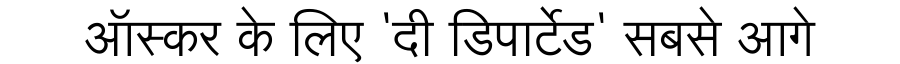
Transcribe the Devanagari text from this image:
ऑस्कर के लिए 'दी डिपार्टेड' सबसे आगे